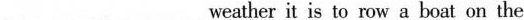
___ ___weather it is to row a boat on the